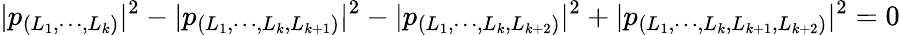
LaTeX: |p_{(L_{1},\cdots,L_{k})}|^{2}-|p_{(L_{1},\cdots,L_{k},L_{k+1})}|^{2}-|p_{(L_{1},\cdots,L_{k},L_{k+2})}|^{2}+|p_{(L_{1},\cdots,L_{k},L_{k+1},L_{k+2})}|^{2}=0